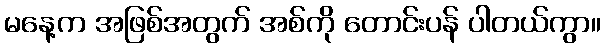
မနေ့က အဖြစ်အတွက် အစ်ကို တောင်းပန် ပါတယ်ကွာ။